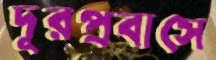
দূরপ্রবাসে